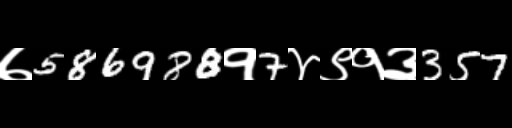
Text: ७586988१7४९१३357